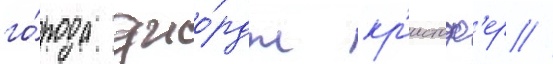
го́рода джо́рдж кр'истоф'ер //